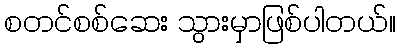
စတင်စစ်ဆေး သွားမှာဖြစ်ပါတယ်။